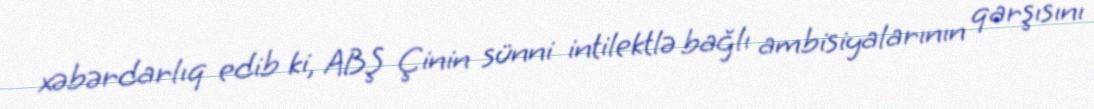
xəbərdarlıq edib ki, ABŞ Çinin sünni intilektlə bağlı ambisiyalarının qarşısını